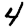
Digit: 4